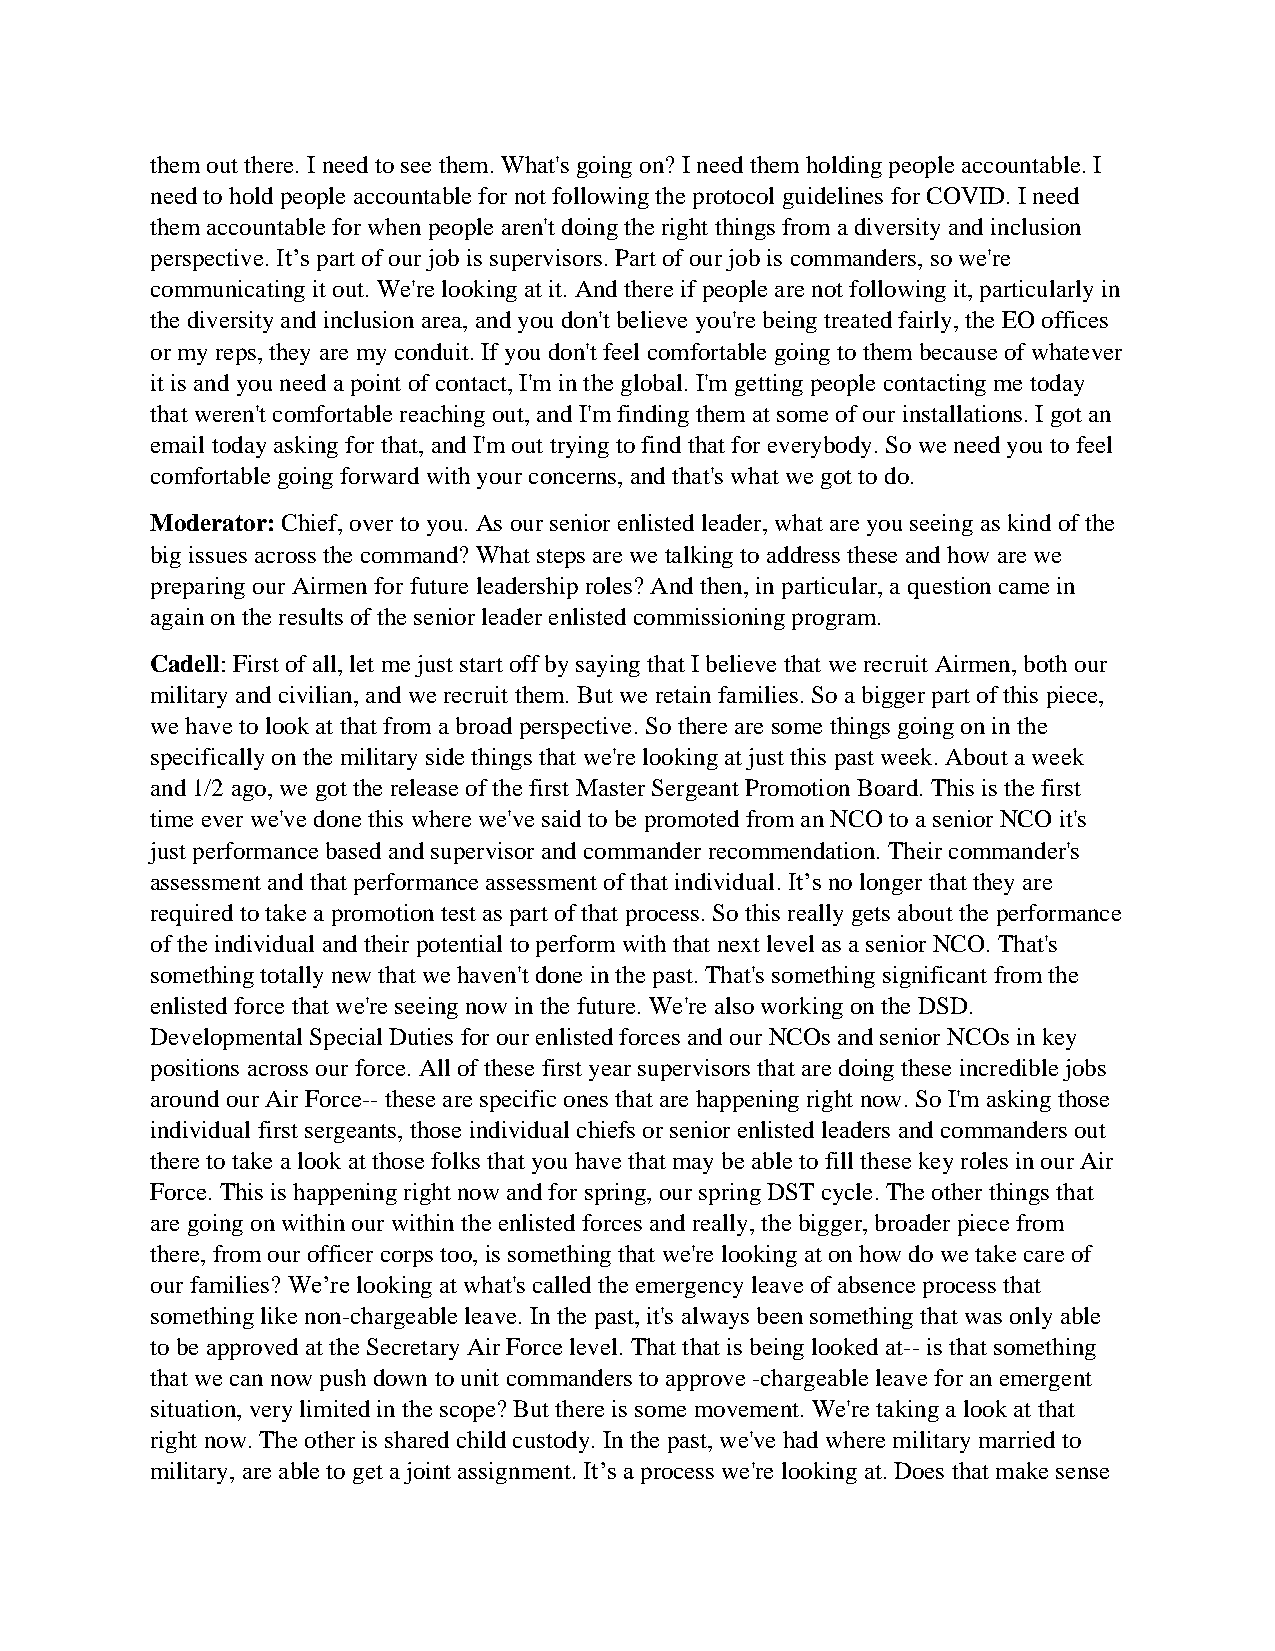
them out there. I need to see them. What's going on? I need them holding people accountable. I
 need to hold people accountable for not following the protocol guidelines for COVID. I need
 them accountable for when people aren't doing the right things from a diversity and inclusion
 perspective. It’s part of our job is supervisors. Part of our job is commanders, so we're
 communicating it out. We're looking at it. And there if people are not following it, particularly in
 the diversity and inclusion area, and you don't believe you're being treated fairly, the EO offices
 or my reps, they are my conduit. If you don't feel comfortable going to them because of whatever
 it is and you need a point of contact, I'm in the global. I'm getting people contacting me today
 that weren't comfortable reaching out, and I'm finding them at some of our installations. I got an
 email today asking for that, and I'm out trying to find that for everybody. So we need you to feel
 comfortable going forward with your concerns, and that's what we got to do.
 Moderator: Chief, over to you. As our senior enlisted leader, what are you seeing as kind of the
 big issues across the command? What steps are we talking to address these and how are we
 preparing our Airmen for future leadership roles? And then, in particular, a question came in
 again on the results of the senior leader enlisted commissioning program.
 Cadell: First of all, let me just start off by saying that I believe that we recruit Airmen, both our
 military and civilian, and we recruit them. But we retain families. So a bigger part of this piece,
 we have to look at that from a broad perspective. So there are some things going on in the
 specifically on the military side things that we're looking at just this past week. About a week
 and 1/2 ago, we got the release of the first Master Sergeant Promotion Board. This is the first
 time ever we've done this where we've said to be promoted from an NCO to a senior NCO it's
 just performance based and supervisor and commander recommendation. Their commander's
 assessment and that performance assessment of that individual. It’s no longer that they are
 required to take a promotion test as part of that process. So this really gets about the performance
 of the individual and their potential to perform with that next level as a senior NCO. That's
 something totally new that we haven't done in the past. That's something significant from the
 enlisted force that we're seeing now in the future. We're also working on the DSD.
 Developmental Special Duties for our enlisted forces and our NCOs and senior NCOs in key
 positions across our force. All of these first year supervisors that are doing these incredible jobs
 around our Air Force-- these are specific ones that are happening right now. So I'm asking those
 individual first sergeants, those individual chiefs or senior enlisted leaders and commanders out
 there to take a look at those folks that you have that may be able to fill these key roles in our Air
 Force. This is happening right now and for spring, our spring DST cycle. The other things that
 are going on within our within the enlisted forces and really, the bigger, broader piece from
 there, from our officer corps too, is something that we're looking at on how do we take care of
 our families? We’re looking at what's called the emergency leave of absence process that
 something like non-chargeable leave. In the past, it's always been something that was only able
 to be approved at the Secretary Air Force level. That that is being looked at-- is that something
 that we can now push down to unit commanders to approve -chargeable leave for an emergent
 situation, very limited in the scope? But there is some movement. We're taking a look at that
 right now. The other is shared child custody. In the past, we've had where military married to
 military, are able to get a joint assignment. It’s a process we're looking at. Does that make sense